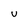
Character: u